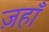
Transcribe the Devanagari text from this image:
ज़हाँ